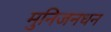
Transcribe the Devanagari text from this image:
मुनिजनधन